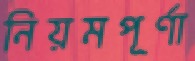
নিয়মপূর্ণা